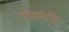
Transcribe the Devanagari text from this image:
माइग्रेटोरिया